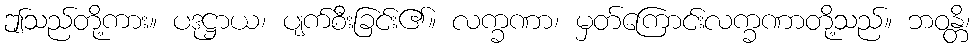
ဤသည်တို့ကား။ ပဒုဋ္ဌာယ၊ ပျက်စီးခြင်း၏။ လက္ခဏာ၊ မှတ်ကြောင်းလက္ခဏာတို့သည်။ ဘဝန္တိ၊